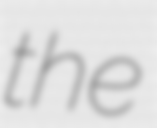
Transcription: the